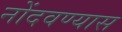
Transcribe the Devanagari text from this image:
नोंदवण्यास